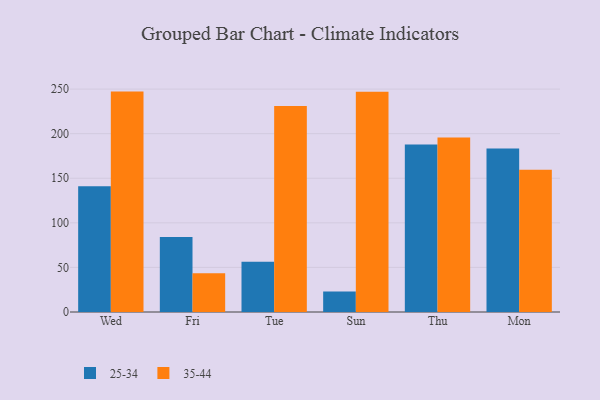
{"axis": {"x": "Day", "y": "Inventory Turnover"}, "legend": ["25-34", "35-44"], "data": [{"x": "Wed", "y": 141.1, "type": "25-34"}, {"x": "Wed", "y": 247.2, "type": "35-44"}, {"x": "Fri", "y": 84.2, "type": "25-34"}, {"x": "Fri", "y": 43.4, "type": "35-44"}, {"x": "Tue", "y": 56.3, "type": "25-34"}, {"x": "Tue", "y": 231.1, "type": "35-44"}, {"x": "Sun", "y": 23.1, "type": "25-34"}, {"x": "Sun", "y": 247.1, "type": "35-44"}, {"x": "Thu", "y": 188.0, "type": "25-34"}, {"x": "Thu", "y": 195.6, "type": "35-44"}, {"x": "Mon", "y": 183.5, "type": "25-34"}, {"x": "Mon", "y": 159.6, "type": "35-44"}]}